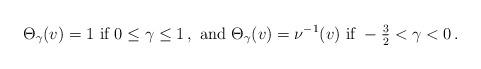
LaTeX: \begin{align*} \begin{aligned} \Theta_\gamma (v) = 1 \textrm{ if } 0 \leq \gamma \leq 1 \,, \textrm{ and } \Theta_\gamma (v) = \nu^{-1} (v) \textrm{ if } - \tfrac{3}{2} < \gamma < 0 \,. \end{aligned} \end{align*}